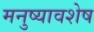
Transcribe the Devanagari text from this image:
मनुष्यावशेष